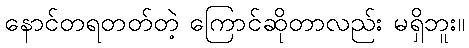
နောင်တရတတ်တဲ့ ကြောင်ဆိုတာလည်း မရှိဘူး။